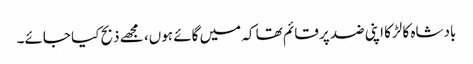
بادشاہ کا لڑکا اپنی ضد پر قائم تھا کہ میں گائے ہوں، مجھے ذبح کیا جائے۔